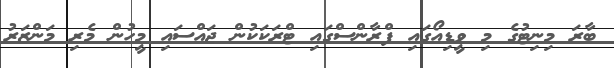
ބާރަ މިނިޓުގެ މި ވީޑިއޯގައި ފްރާންސްގައި ޓްރަކަކުން ޖައްސައި މީހުން މެރި މަންޒަރު